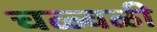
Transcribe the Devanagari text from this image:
चळ्वळी